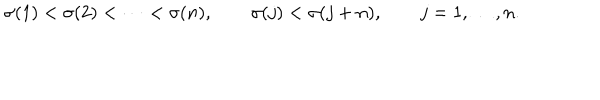
LaTeX: \sigma ( 1 ) < \sigma ( 2 ) < \cdots < \sigma ( n ) , \qquad \sigma ( j ) < \sigma ( j + n ) , \qquad j = 1 , \ldots , n .